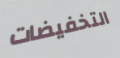
التخفيضات